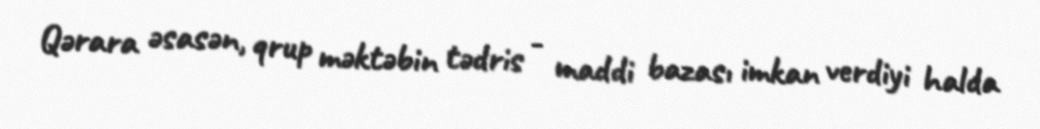
Qərara əsasən, qrup məktəbin tədris - maddi bazası imkan verdiyi halda